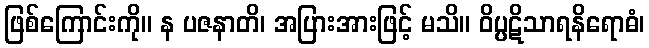
ဖြစ်ကြောင်းကို။ န ပဇနာတိ၊ အပြားအားဖြင့် မသိ။ ဝိပ္ပဋိသာရနိရောဓံ၊